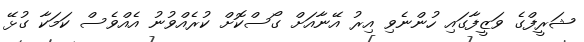
ޝަރީފްގެ ވަޒީފާގައި ހުންނެވި އިރު އޭނާއަށް ގޯސްކޮށް ކުރެއްވުނު އެއްވެސް ކަމަކާ ގުޅޭ